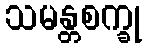
သမန္တစက္ခု